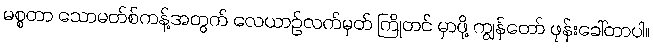
မစ္စတာ သောမတ်စ်ကန့်အတွက် လေယာဉ်လက်မှတ် ကြိုတင် မှာဖို့ ကျွန်တော် ဖုန်းခေါ်တာပါ။